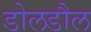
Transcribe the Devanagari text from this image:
डोलडौल